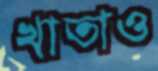
খাতাও